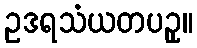
ဥဒရသံယတပဥှ။